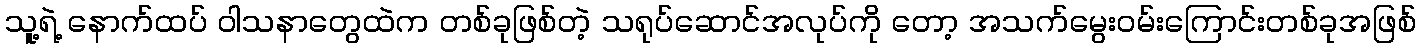
သူ့ရဲ့ နောက်ထပ် ဝါသနာတွေထဲက တစ်ခုဖြစ်တဲ့ သရုပ်ဆောင်အလုပ်ကို တော့ အသက်မွေးဝမ်းကြောင်းတစ်ခုအဖြစ်